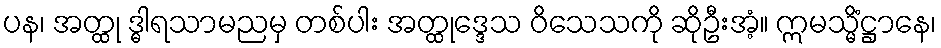
ပန၊ အတ္ထု ဒ္ဓါရသာမညမှ တစ်ပါး အတ္ထုဒ္ဒေသ ဝိသေသကို ဆိုဦးအံ့။ ဣမသ္မိံဋ္ဌာနေ၊